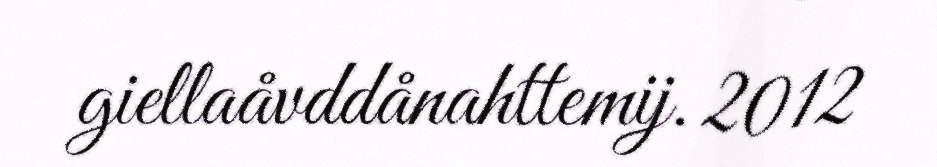
giellaåvddånahttemij. 2012